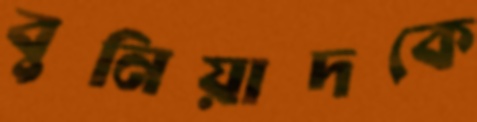
বুনিয়াদকে